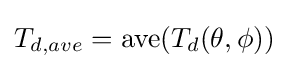
T_{d,ave}={\rm {ave}}(T_{d}(\theta ,\phi ))